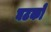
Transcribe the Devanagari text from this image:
घटको